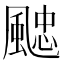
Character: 𩗻